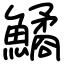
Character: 鱊